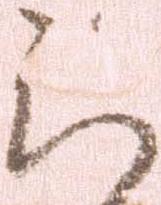
云